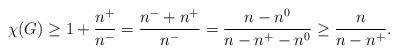
LaTeX: \begin{align*}\chi(G) \ge 1 + \frac{n^+}{n^-} = \frac{n^- + n^+}{n^-} = \frac{n - n^0}{n - n^+ - n^0} \ge \frac{n}{n - n^+}.\end{align*}